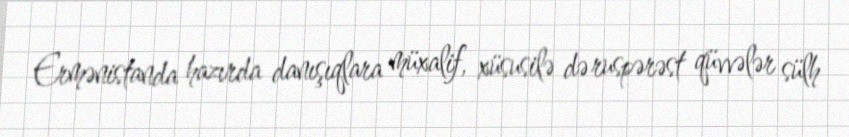
Ermənistanda hazırda danışıqlara müxalif, xüsusilə də ruspərəst qüvvələr sülh